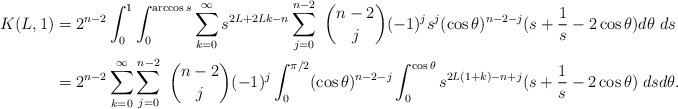
\begin{align*} K(L,1)&=2^{n-2}\int_0^1\int_0^{\arccos s} \sum_{k=0}^\infty s^{2L+2Lk-n} \sum_{j=0}^{n-2} \ \binom{n-2}{j} (-1)^j s^j (\cos\theta)^{n-2-j} (s+\frac 1s-2\cos\theta)d\theta\; ds\\ &= 2^{n-2} \sum_{k=0}^\infty \sum_{j=0}^{n-2} \ \binom{n-2}{j} (-1)^j\int_0^{\pi/2} (\cos\theta)^{n-2-j}\int_0^{\cos\theta} s^{2L(1+k)-n+j}(s+\frac 1s-2\cos\theta)\; dsd\theta.\end{align*}